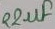
Text: 22µF